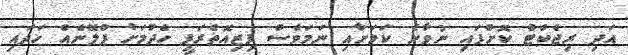
އަދި ރިޖެކްޓް ކޮށްފައި ނުވާނެ ކަމަށާއި ނަމަވެސް ފިޒިއޮތެރަޕީ ހެދުމަށް ޕްލޭނެއް ހަދައި